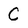
Character: C